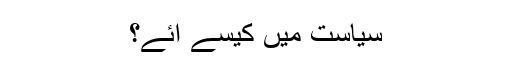
سیاست میں کیسے آئے؟